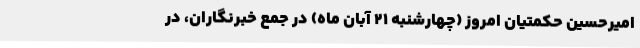
امیرحسین حکمتیان امروز (چهارشنبه 21 آبان ماه) در جمع خبرنگاران، در